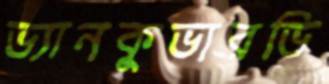
ভ্যানকুভারভি